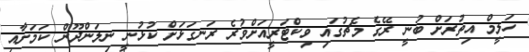
ހަލީމް އިތުރަށް ބުނީ ރޭގެ މެޗުގައި ވިކްޓަރީއަށްވުރެ ރަނގަޅަށް ކުޅުނީ ނިލަންދޫން ކަމަށާއި